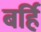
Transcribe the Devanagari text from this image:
बर्हि